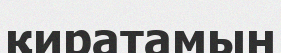
қиратамын